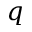
q